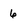
Character: 6